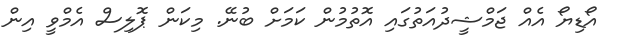
އޯޑިޔޯ އެއް ޖަމްޝީދުއަތުގައި އޮތުމުން ކަމަށް ބުނޭ. މިކަން ޕޮލިސް އެމްވީ އިން